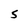
Character: 5